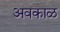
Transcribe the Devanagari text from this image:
अवकाळ